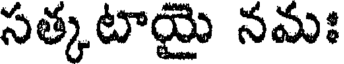
సత్కటాయై నమః